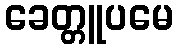
ခေတ္တူပမေ